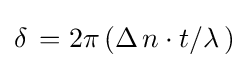
\delta \,=2\pi \,(\Delta \,n\cdot t/\lambda \,)